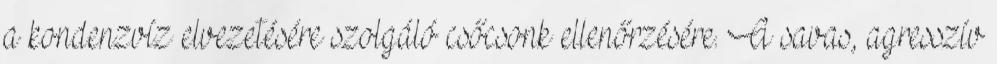
a kondenzvíz elvezetésére szolgáló csőcsonk ellenőrzésére. A savas, agresszív